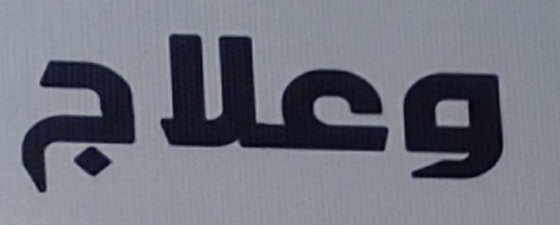
وعلاج